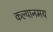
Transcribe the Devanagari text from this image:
कल्यानमय